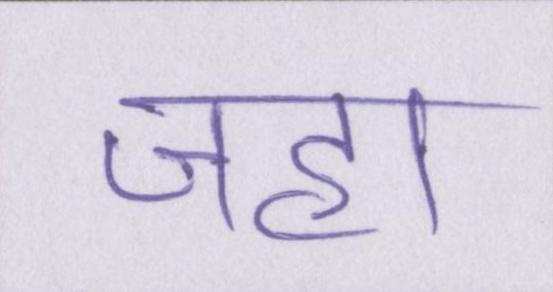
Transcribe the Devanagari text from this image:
जहा